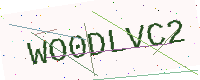
Text: WO0DLVC2